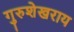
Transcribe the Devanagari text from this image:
गुरुशेखराय